Statistical return of the lunatic asylum in Assam - 1912-1932
Year: 1912
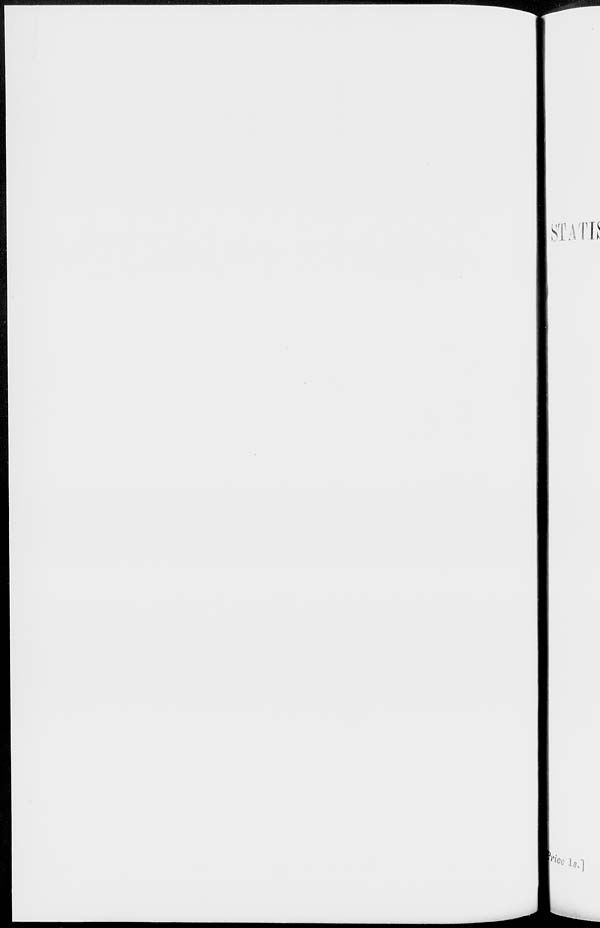
STATI!
W <* is.]